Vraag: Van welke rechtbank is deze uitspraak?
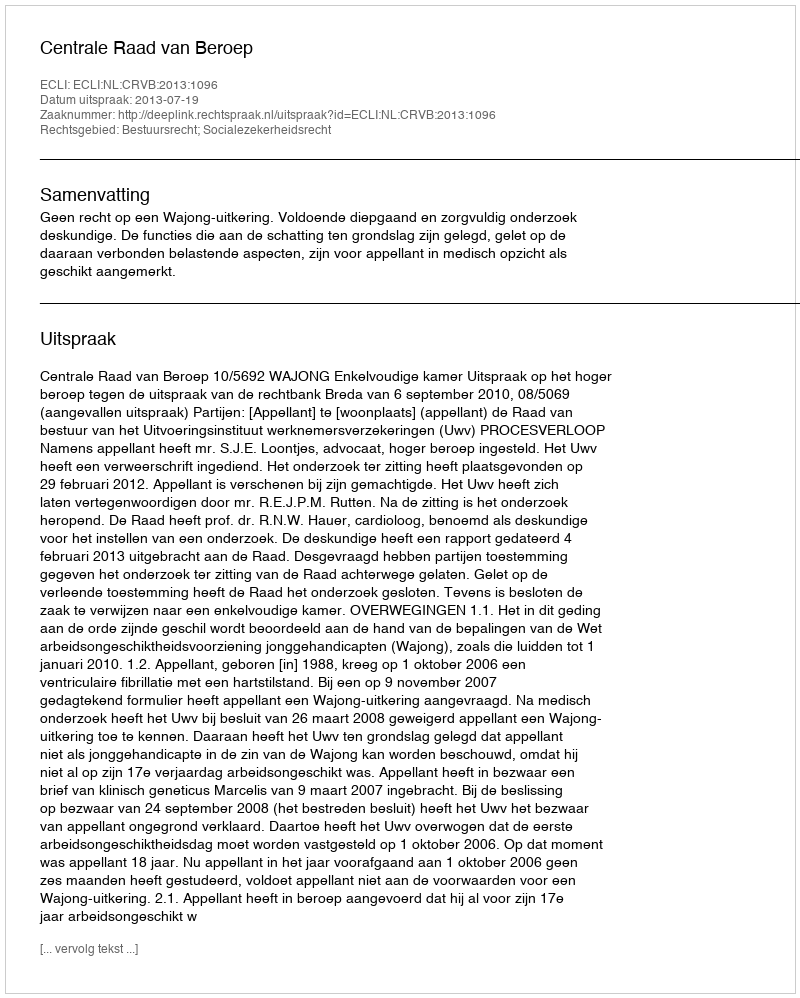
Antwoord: Centrale Raad van Beroep